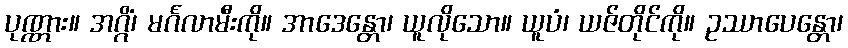
ပုဏ္ဏား။ အဂ္ဂိံ၊ မင်္ဂလာမီးကို။ အာဒေန္တော၊ ယူလိုသော။ ယူပံ၊ ယဇ်တိုင်ကို။ ဥဿာပေန္တော၊